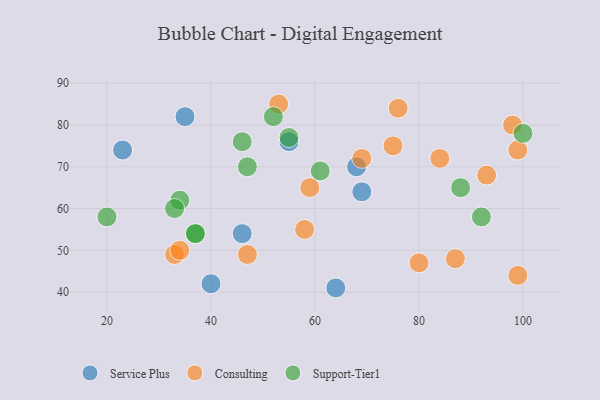
{"axis": {"x": "GDP", "y": "Life Expectancy"}, "legend": ["Consulting", "Service Plus", "Support-Tier1"], "data": [{"x": "55", "y": 76, "type": "Service Plus"}, {"x": "35", "y": 82, "type": "Service Plus"}, {"x": "68", "y": 70, "type": "Service Plus"}, {"x": "64", "y": 41, "type": "Service Plus"}, {"x": "40", "y": 42, "type": "Service Plus"}, {"x": "23", "y": 74, "type": "Service Plus"}, {"x": "69", "y": 64, "type": "Service Plus"}, {"x": "46", "y": 54, "type": "Service Plus"}, {"x": "84", "y": 72, "type": "Consulting"}, {"x": "59", "y": 65, "type": "Consulting"}, {"x": "76", "y": 84, "type": "Consulting"}, {"x": "80", "y": 47, "type": "Consulting"}, {"x": "33", "y": 49, "type": "Consulting"}, {"x": "58", "y": 55, "type": "Consulting"}, {"x": "98", "y": 80, "type": "Consulting"}, {"x": "99", "y": 74, "type": "Consulting"}, {"x": "34", "y": 50, "type": "Consulting"}, {"x": "99", "y": 44, "type": "Consulting"}, {"x": "87", "y": 48, "type": "Consulting"}, {"x": "53", "y": 85, "type": "Consulting"}, {"x": "75", "y": 75, "type": "Consulting"}, {"x": "69", "y": 72, "type": "Consulting"}, {"x": "93", "y": 68, "type": "Consulting"}, {"x": "47", "y": 49, "type": "Consulting"}, {"x": "34", "y": 62, "type": "Support-Tier1"}, {"x": "61", "y": 69, "type": "Support-Tier1"}, {"x": "55", "y": 77, "type": "Support-Tier1"}, {"x": "33", "y": 60, "type": "Support-Tier1"}, {"x": "46", "y": 76, "type": "Support-Tier1"}, {"x": "37", "y": 54, "type": "Support-Tier1"}, {"x": "100", "y": 78, "type": "Support-Tier1"}, {"x": "88", "y": 65, "type": "Support-Tier1"}, {"x": "52", "y": 82, "type": "Support-Tier1"}, {"x": "92", "y": 58, "type": "Support-Tier1"}, {"x": "47", "y": 70, "type": "Support-Tier1"}, {"x": "37", "y": 54, "type": "Support-Tier1"}, {"x": "20", "y": 58, "type": "Support-Tier1"}]}